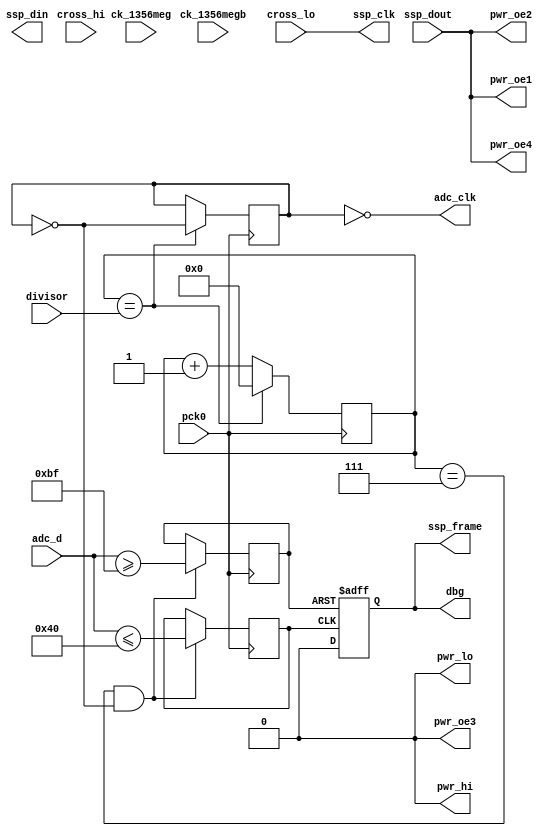
module lo_simulate(
    pck0, ck_1356meg, ck_1356megb,
    pwr_lo, pwr_hi, pwr_oe1, pwr_oe2, pwr_oe3, pwr_oe4,
    adc_d, adc_clk,
    ssp_frame, ssp_din, ssp_dout, ssp_clk,
    cross_hi, cross_lo,
    dbg,
     divisor
);
    input pck0, ck_1356meg, ck_1356megb;
    output pwr_lo, pwr_hi, pwr_oe1, pwr_oe2, pwr_oe3, pwr_oe4;
    input [7:0] adc_d;
    output adc_clk;
    input ssp_dout;
    output ssp_frame, ssp_din, ssp_clk;
    input cross_hi, cross_lo;
    output dbg;
     input [7:0] divisor;

// No logic, straight through.
assign pwr_oe3 = 1'b0;
assign pwr_oe1 = ssp_dout;
assign pwr_oe2 = ssp_dout;
assign pwr_oe4 = ssp_dout;
assign ssp_clk = cross_lo;
assign pwr_lo = 1'b0;
assign pwr_hi = 1'b0;
assign dbg = ssp_frame;

// Divide the clock to be used for the ADC
reg [7:0] pck_divider;
reg clk_state;

always @(posedge pck0)
begin
    if(pck_divider == divisor[7:0])
        begin
            pck_divider <= 8'd0;
            clk_state = !clk_state;
        end
    else
    begin
        pck_divider <= pck_divider + 1;
    end
end

assign adc_clk = ~clk_state;

// Toggle the output with hysteresis
//  Set to high if the ADC value is above 200
//  Set to low if the ADC value is below 64
reg is_high;
reg is_low;
reg output_state;

always @(posedge pck0)
begin
    if((pck_divider == 8'd7) && !clk_state) begin
        is_high = (adc_d >= 8'd191);
        is_low = (adc_d <= 8'd64);
    end
end

always @(posedge is_high or posedge is_low)
begin
    if(is_high)
        output_state <= 1'd1;
    else if(is_low)
        output_state <= 1'd0;
end

assign ssp_frame = output_state;

endmodule